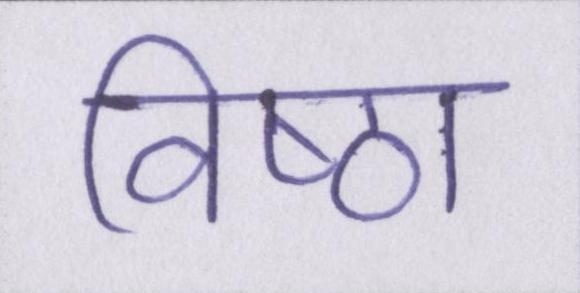
विष्ठा